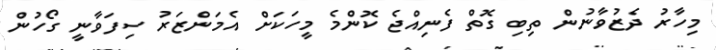
މިހާރު ދެޒުވާނުން ތިބި ގޮތް ފެނިއްޖެ ކޮންމެ މީހަކަށް އެމަންޒަރު ސިފަވާނީ ގޯހުން